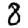
Digit: 8